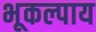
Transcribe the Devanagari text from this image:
भूकल्पाय